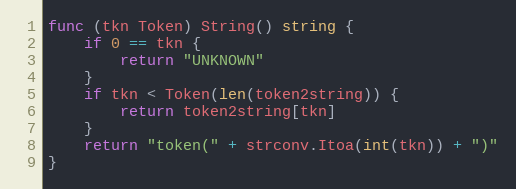
Language: Go
func (tkn Token) String() string {
	if 0 == tkn {
		return "UNKNOWN"
	}
	if tkn < Token(len(token2string)) {
		return token2string[tkn]
	}
	return "token(" + strconv.Itoa(int(tkn)) + ")"
}